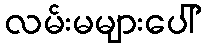
လမ်းမများပေါ်